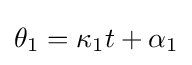
\theta _{1}=\kappa _{1}t+\alpha _{1}